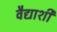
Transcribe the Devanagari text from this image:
वैद्याशी